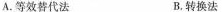
A.等效替代法 B.转换法